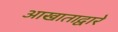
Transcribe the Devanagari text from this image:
आखाताद्वारे